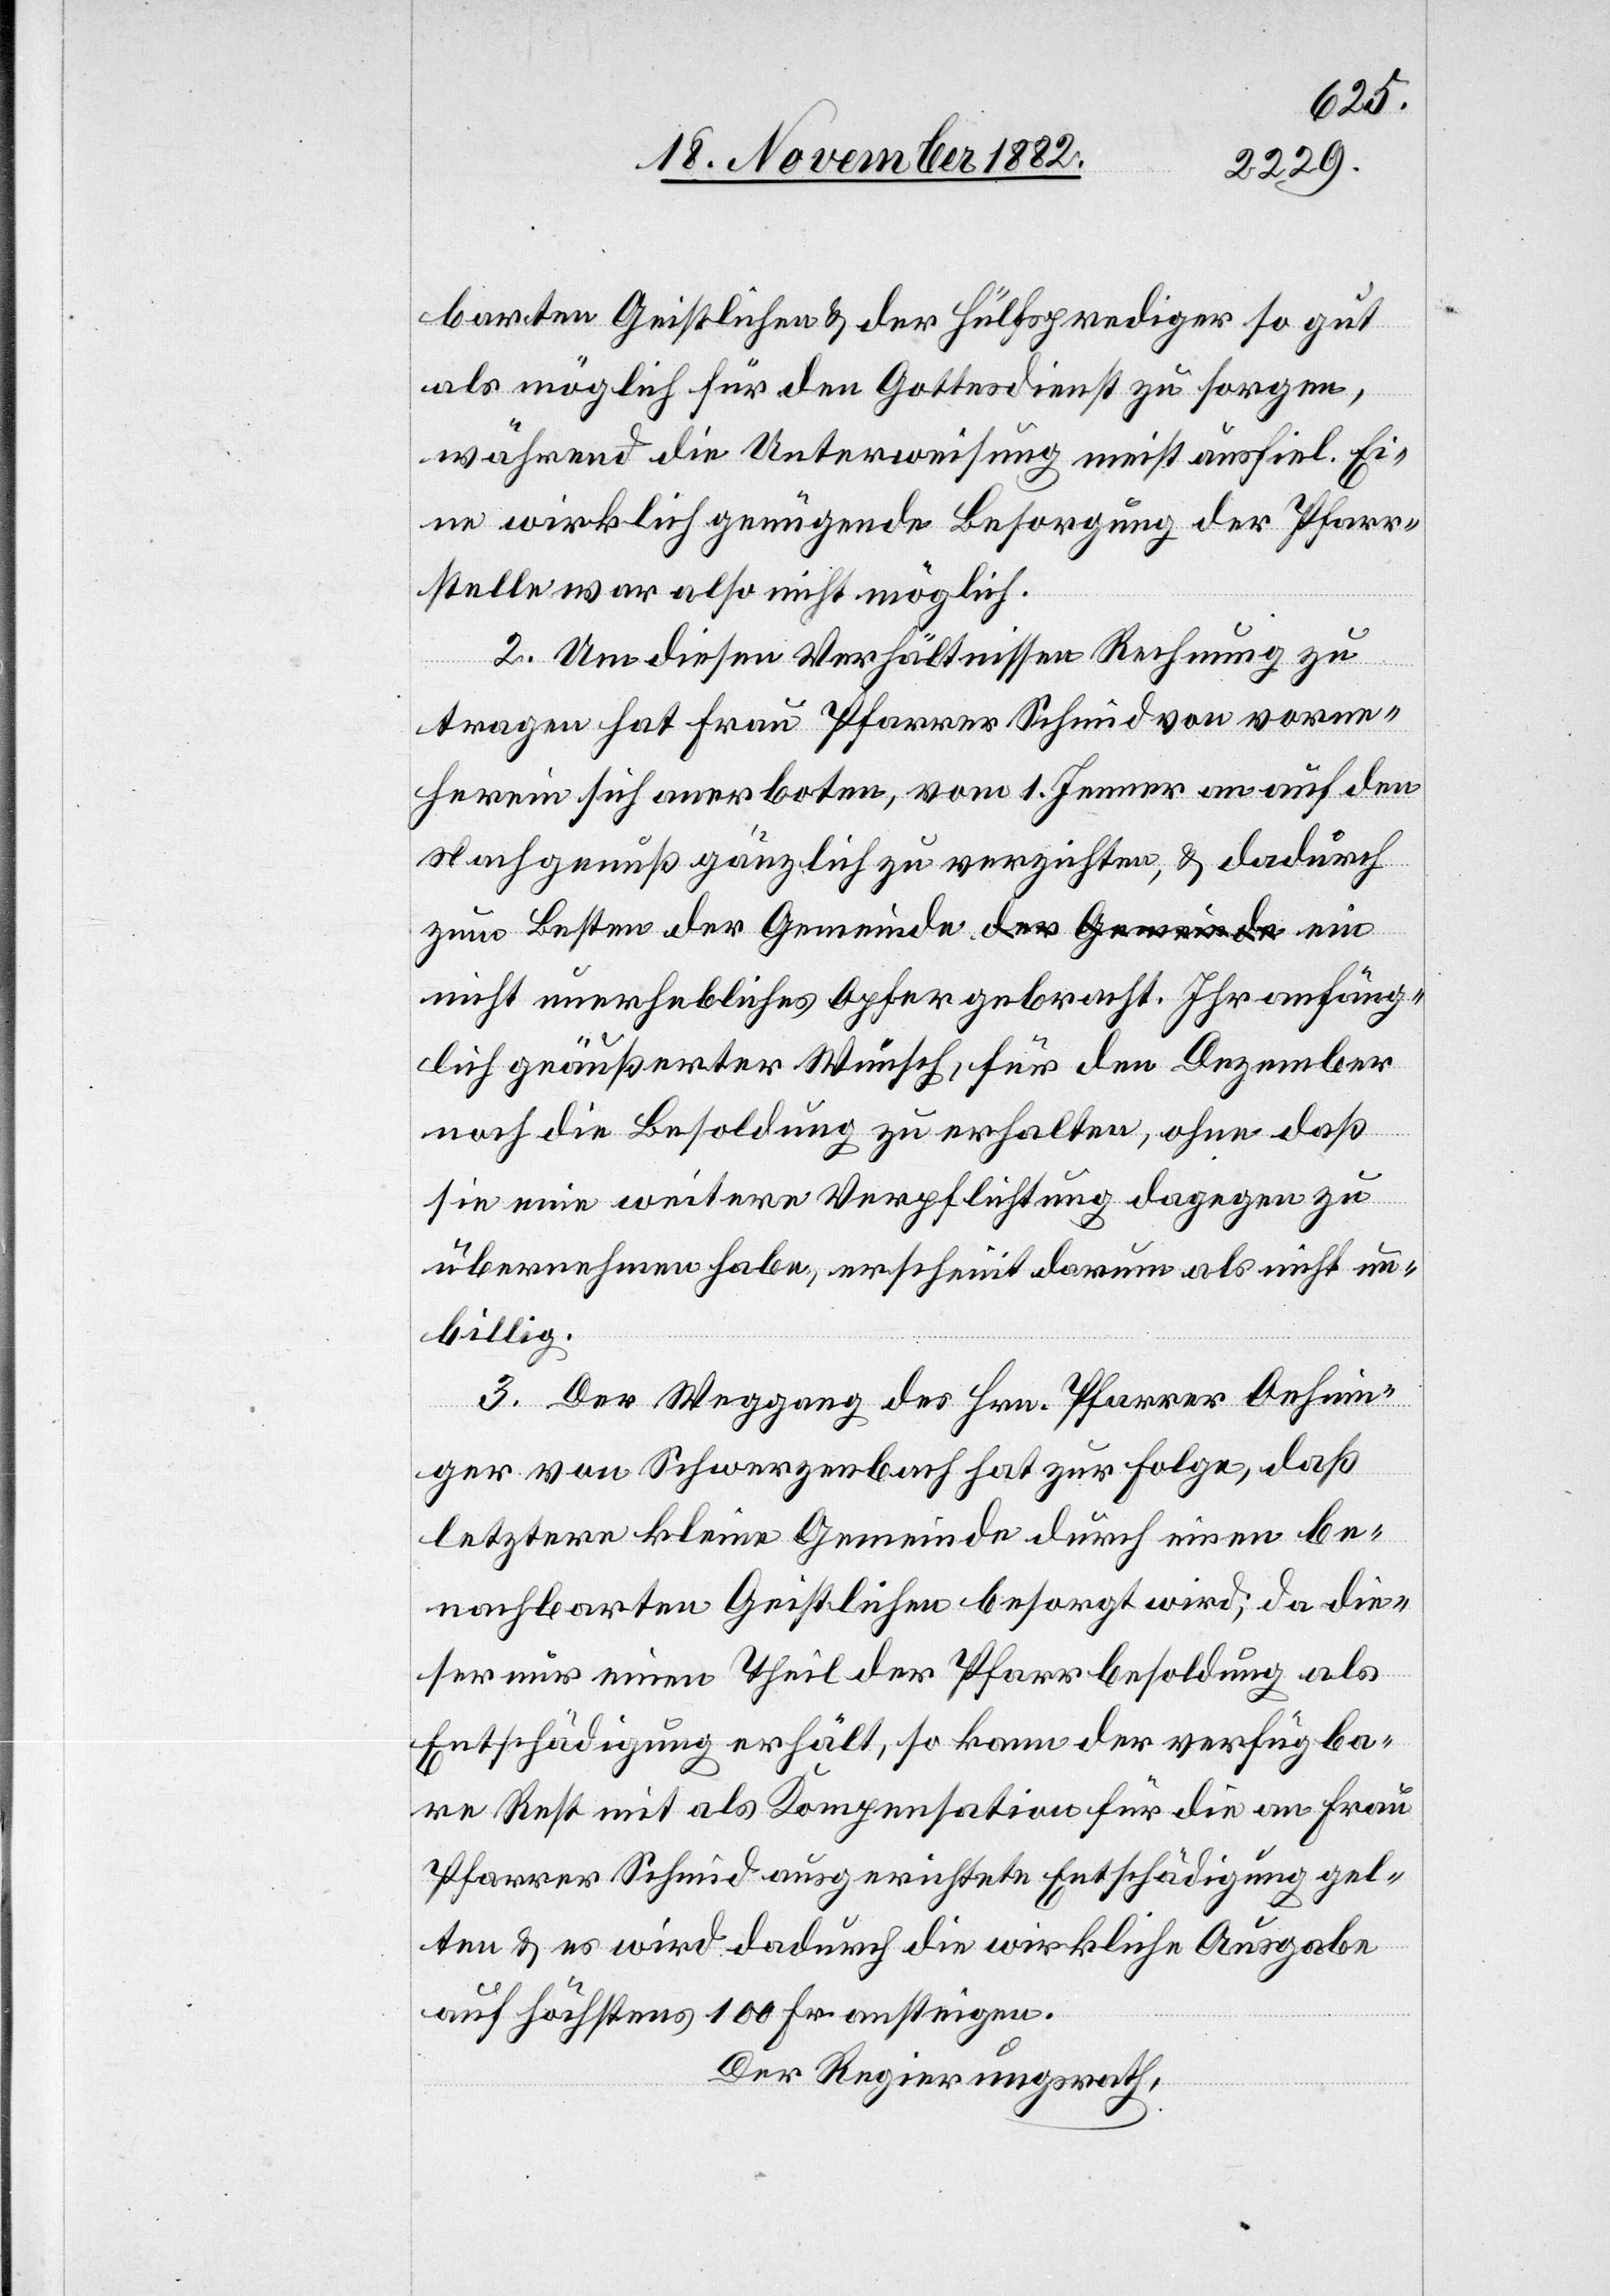
barten Geistlichen & der Hülfsprediger so gut
als möglich für den Gottesdienst zu sorgen,
während die Unterweisung meist ausfiel. Ei¬
ne wirklich genügende Besorgung der Pfarr¬
stelle war also nicht möglich.
anfäng¬
2. Um diesen Verhältnissen Rechnung zu
tragen hat Frau Pfarrer Schmid von vorne¬
herein sich anerboten, vom 1. Jenner an auf den
Nachgenuß gänzlich zu verzichten, & dadurch
zum Besten der Gemeinde ein nicht un¬
lich geäußerter Wunsch, für den Dezember
noch die Besoldung zu erhalten, ohne daß
sie eine weitere Verpflichtung dagegen zu
übernehmen habe, erscheint darum als nicht un¬
billig.
3. Der Weggang des Hrn. Pfarrer Oehnin¬
ger von Schwerzenbach hat zur Folge, daß
letztere kleine Gemeinde durch einen be¬
nachbarten Geistlichen besorgt wird; da die¬
ser nur einen Theil der Pfarrbesoldung als
Entschädigung erhält, so kann der verfügba¬
re Rest mit als Kompensation für die an Frau
Pfarrer Schmid ausgerichtete Entschädigung gel¬
ten & es wird dadurch die wirkliche Ausgabe
auf höchstens 100 Fr. ansteigen.
Der Regierungsrath,